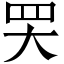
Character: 𦉼